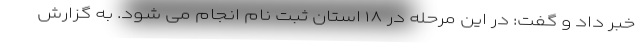
خبر داد و گفت: در این مرحله در ۱۸ استان ثبت نام انجام می شود. به گزارش